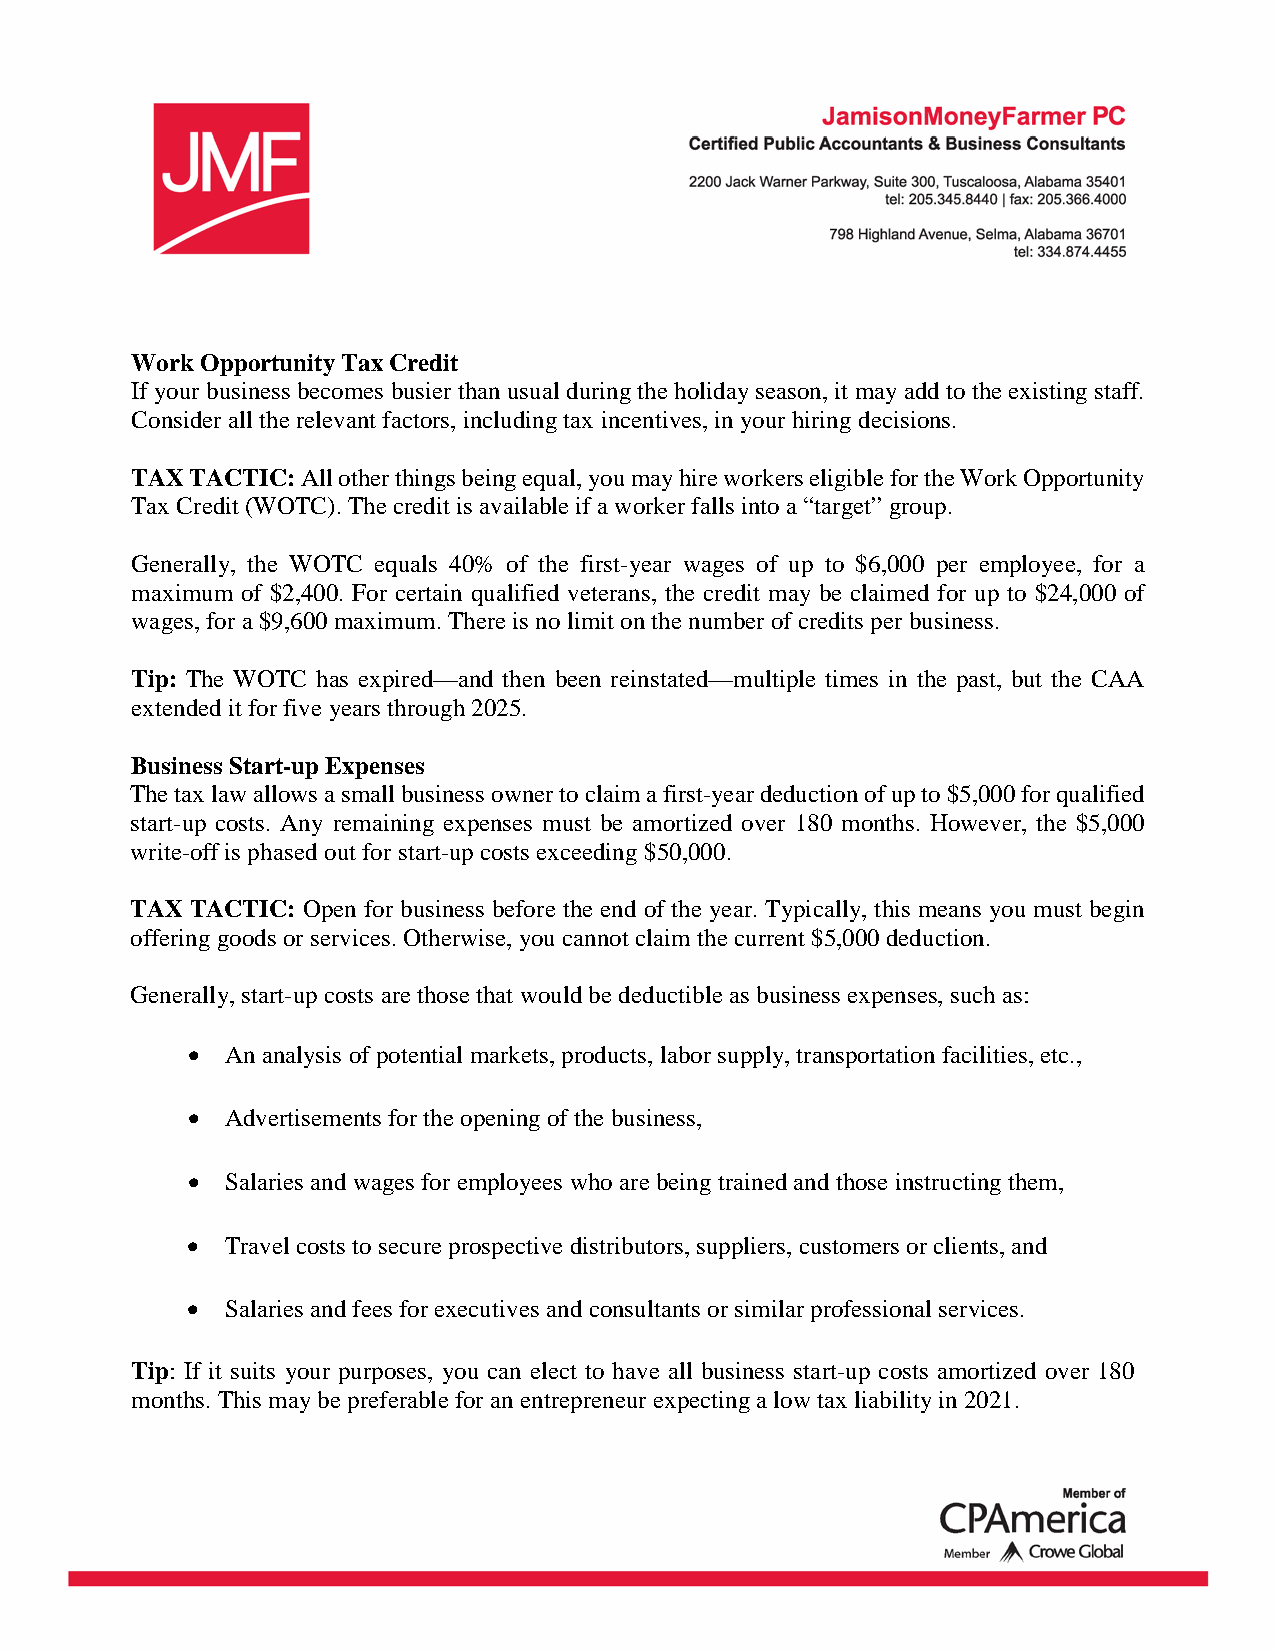
Work Opportunity Tax Credit
 If your business becomes busier than usual during the holiday season, it may add to the existing staff.
 Consider all the relevant factors, including tax incentives, in your hiring decisions.
 TAX TACTIC: All other things being equal, you may hire workers eligible for the Work Opportunity
 Tax Credit (WOTC). The credit is available if a worker falls into a “target” group.
 Generally, the WOTC equals 40% of the first-year wages of up to $6,000 per employee, for a
 maximum of $2,400. For certain qualified veterans, the credit may be claimed for up to $24,000 of
 wages, for a $9,600 maximum. There is no limit on the number of credits per business.
 Tip: The WOTC has expired—and then been reinstated—multiple times in the past, but the CAA
 extended it for five years through 2025.
 Business Start-up Expenses
 The tax law allows a small business owner to claim a first-year deduction of up to $5,000 for qualified
 start-up costs. Any remaining expenses must be amortized over 180 months. However, the $5,000
 write-off is phased out for start-up costs exceeding $50,000.
 TAX TACTIC: Open for business before the end of the year. Typically, this means you must begin
 offering goods or services. Otherwise, you cannot claim the current $5,000 deduction.
 Generally, start-up costs are those that would be deductible as business expenses, such as:
 •  An analysis of potential markets, products, labor supply, transportation facilities, etc.,
 •  Advertisements for the opening of the business,
 •  Salaries and wages for employees who are being trained and those instructing them,
 •  Travel costs to secure prospective distributors, suppliers, customers or clients, and
 •  Salaries and fees for executives and consultants or similar professional services.
 Tip: If it suits your purposes, you can elect to have all business start-up costs amortized over 180
 months. This may be preferable for an entrepreneur expecting a low tax liability in 2021.